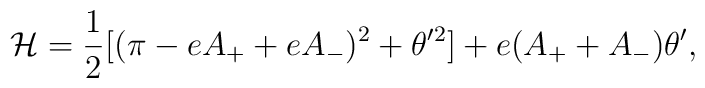
{\cal H}={1\over 2}[(\pi -eA_++eA_-)^2+\theta '^2]+e(A_++A_-)\theta ',